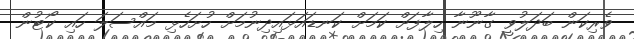
ވެރިކަން ބަދަލުވީ ގާނޫނާ ހިލާފަށް ކަމަށް ކަނޑައަޅައިދިނުމަށް ހުށަހެޅި މައްސަލަ ހައި ކޯޓުން